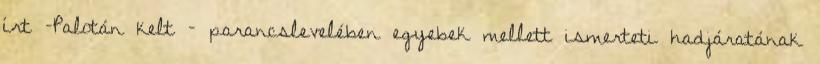
írt –Palotán kelt – parancslevelében egyebek mellett ismerteti hadjáratának